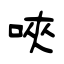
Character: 唊